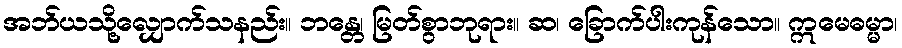
အဘ်ယသို့လျှောက်သနည်း။ ဘန္တေ၊ မြတ်စွာဘုရား။ ဆ၊ ခြောက်ပါးကုန်သော။ ဣမေဓမ္မာ၊